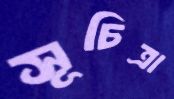
সূচিত্রা